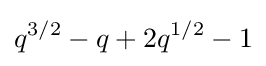
q^{3/2}-q+2q^{1/2}-1